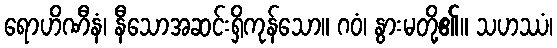
ရောဟိဏီနံ၊ နီသောအဆင်းရှိကုန်သော။ ဂဝံ၊ နွားမတို့၏။ သဟဿံ၊